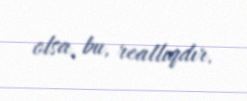
olsa, bu, reallıqdır.